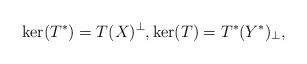
LaTeX: \begin{align*} \ker(T^*) = T(X)^\bot, \ker(T) = T^*(Y^*)_\bot,\end{align*}